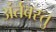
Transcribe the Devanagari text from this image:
अंर्तवस्तु